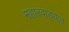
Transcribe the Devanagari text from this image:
महारवाड्यात